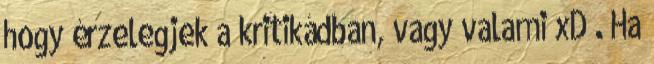
hogy érzelegjek a kritikádban, vagy valami xD . Ha